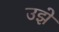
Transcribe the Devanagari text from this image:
उझे